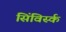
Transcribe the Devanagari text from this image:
सिंविर्स्क